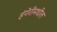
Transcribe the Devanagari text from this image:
हंगेरीमधील